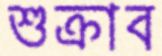
শুক্রাব